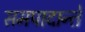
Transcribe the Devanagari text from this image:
समपादान्ते